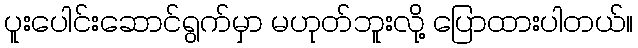
ပူးပေါင်းဆောင်ရွက်မှာ မဟုတ်ဘူးလို့ ပြောထားပါတယ်။